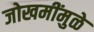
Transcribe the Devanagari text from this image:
जोखमींमुळे